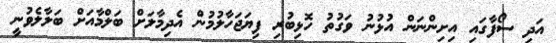
އަދި ސޯފާގައި އިށިންނަން އުޅުނު ވަގުތު ހޮޅިބުރި ފިޔަޖަހާލުމުން އެދިމާލަށް ބަލްމާއަށް ބަލާލެވުނީ